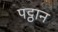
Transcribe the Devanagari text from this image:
पट्ठान